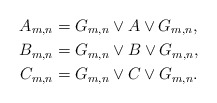
\begin{align*} A_{m,n} &= G_{m,n}\vee A \vee G_{m,n},\\ B_{m,n} &= G_{m,n}\vee B \vee G_{m,n},\\ C_{m,n} &= G_{m,n}\vee C \vee G_{m,n}.\end{align*}